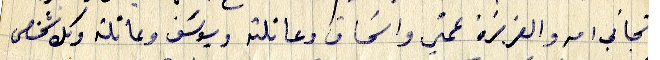
شجاني امه والعزيزة عمتي واسحاق وعائلته ويوسف وعائلته وكل شخص